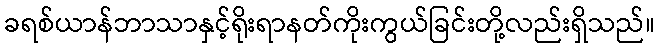
ခရစ်ယာန်ဘာသာနှင့်ရိုးရာနတ်ကိုးကွယ်ခြင်းတို့လည်းရှိသည်။